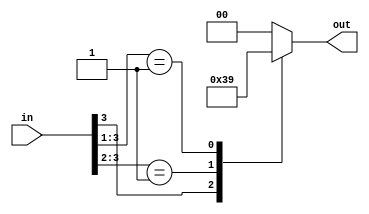
module encoder(

    input [3:0] in,
    output [1:0] out
);

    reg [1:0] out_reg;
    assign out = out_reg;
    // 4 to 2 line priority encoder logic
    always @* begin
        casex (in)
            4'b1???:    out_reg = 2'b11;
            4'b01??:    out_reg = 2'b10;
            4'b001?:    out_reg = 2'b01;
            default:    out_reg = 2'b00;
        endcase
    end

endmodule